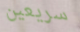
سريعين